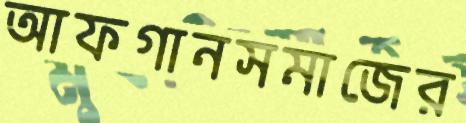
আফগানসমাজের